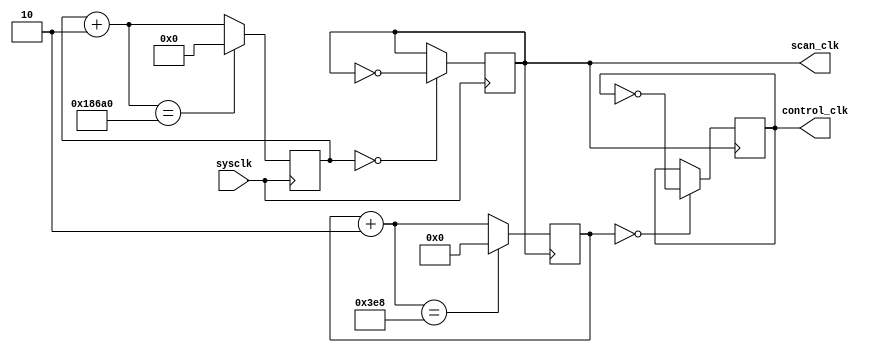
module clock (sysclk, scan_clk, control_clk);
input sysclk;		// 100MHz
output scan_clk;	// 1kHz
output control_clk;	// 1Hz
reg scan_clk, control_clk;
reg [16:0] scan_state;
reg [9:0] control_state;

initial begin
	scan_state <= 0;
	control_state <= 0;
	scan_clk <= 0;
	control_clk <= 0;
end

always @(posedge sysclk) begin
	if (scan_state == 0)
		scan_clk = ~scan_clk;
		scan_state = scan_state + 17'd2;
	if (scan_state == 17'd100000)
		scan_state = 17'b0;
end

always @(posedge scan_clk) begin
	if (control_state == 0)
		control_clk = ~control_clk;
	control_state = control_state + 10'd2;
	if (control_state == 10'd1000)
		control_state = 10'b0;
end

endmodule